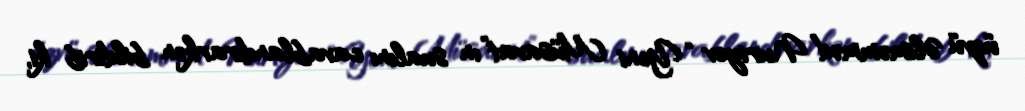
üzvü Əliməmməd Nuriyev “Yeni Müsavat”ın sualını cavablandırarkən bildirib ki,